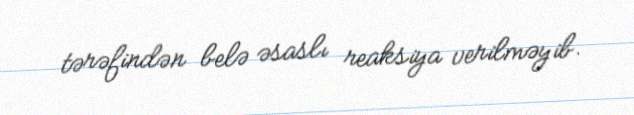
tərəfindən belə əsaslı reaksiya verilməyib.